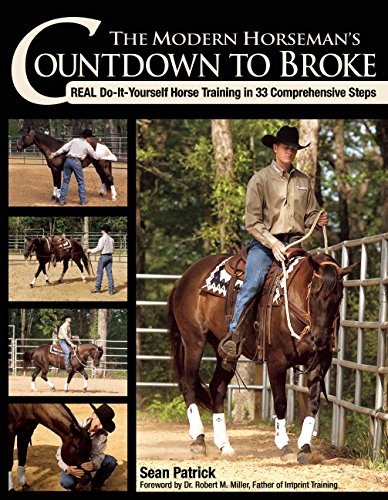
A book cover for The Modern Horseman's Countdown to Broke: Real Do-It-Yourself Horse Training in 33 Comprehensive Steps; Sean Patrick; Crafts, Hobbies & Home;